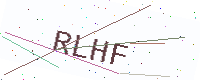
Text: RLHF